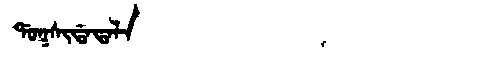
Manchu: ᡩᠣᡴᠰᡳᡩᠠᡨᠠᠯᠠ
Romanization: DOKSIDATALA